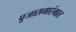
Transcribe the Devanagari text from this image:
पूजासमारंभात